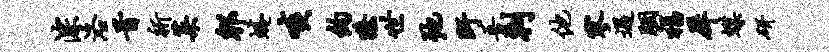
淙洛首祈菜郫蜷啖约獠世弛盱吾剌他寥遇胭福犀蝶研